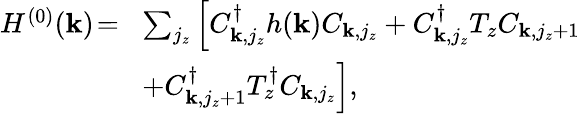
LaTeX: \begin{array}{rl}{H^{(0)}({\mathbf k})\! =\! }&{\sum_{j_{z}}\left[C_{{\mathbf k},j_{z}}^{\dagger}h({\mathbf k})C_{{\mathbf k},j_{z}}+C_{{\mathbf k},j_{z}}^{\dagger}T_{z}C_{{\mathbf k},j_{z}+1}\right.}\\ &{\left.+C_{{\mathbf k},j_{z}+1}^{\dagger}T_{z}^{\dagger}C_{{\mathbf k},j_{z}}\right],}\end{array}